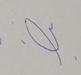
Signature authenticity: forged